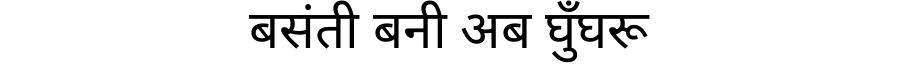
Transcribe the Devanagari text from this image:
बसंती बनी अब घुँघरू